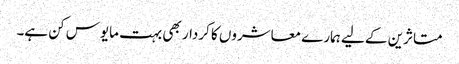
متاثرین کے لیے ہمارے معاشروں کا کردار بھی بہت مایوس کن ہے۔